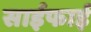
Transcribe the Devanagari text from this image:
साईफाई